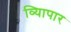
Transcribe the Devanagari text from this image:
व्यािपार